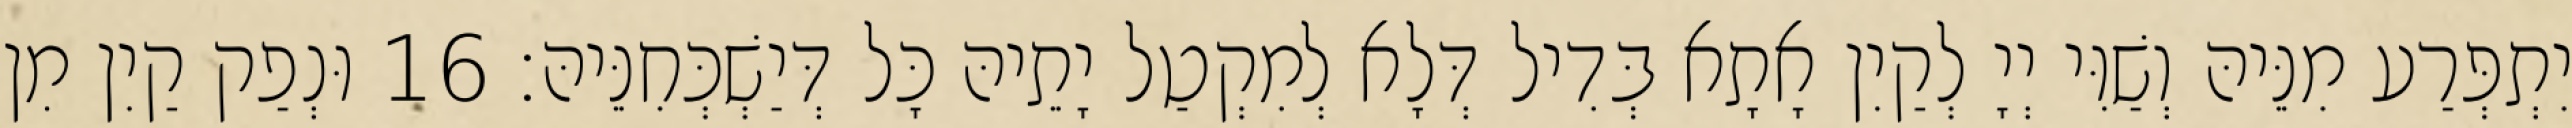
יִתְפְּרַע מִנֵּיהּ וְשַׁוִּי יְיָ לְקַיִן אָתָא בְּדִיל דְּלָא לְמִקְטַל יָתֵיהּ כָּל דְּיַשְׁכְּחִנֵּיהּ׃ 16 וּנְפַק קַיִן מִן